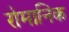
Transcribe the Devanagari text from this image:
रोमानिक